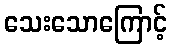
သေးသောကြောင့်